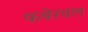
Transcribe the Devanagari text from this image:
कबेरवल